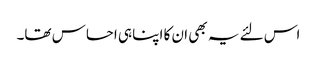
اس لئے یہ بھی ان کا اپنا ہی احساس تھا۔